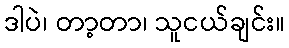
ဒါပဲ၊ တာ့တာ၊ သူငယ်ချင်း။